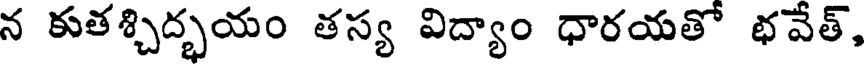
న కుతశ్చిద్భయం తస్య విద్యాం ధారయతో భవేత్,